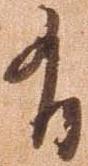
有